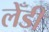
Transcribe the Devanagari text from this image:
लेँडी